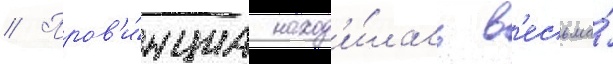
// Пров'и́нциа наход'и́лась в'есьма́